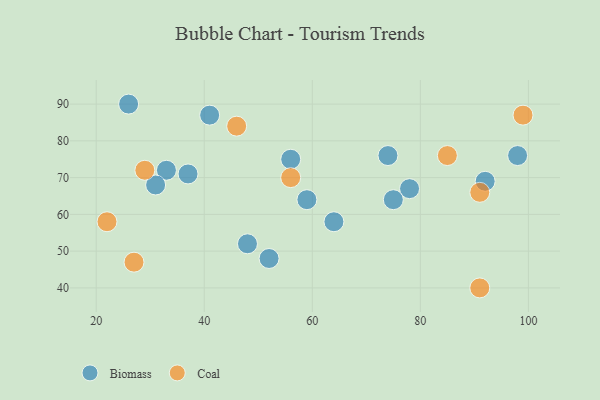
{"axis": {"x": "GDP", "y": "Life Expectancy"}, "legend": ["Biomass", "Coal"], "data": [{"x": "78", "y": 67, "type": "Biomass"}, {"x": "75", "y": 64, "type": "Biomass"}, {"x": "92", "y": 69, "type": "Biomass"}, {"x": "41", "y": 87, "type": "Biomass"}, {"x": "98", "y": 76, "type": "Biomass"}, {"x": "26", "y": 90, "type": "Biomass"}, {"x": "52", "y": 48, "type": "Biomass"}, {"x": "74", "y": 76, "type": "Biomass"}, {"x": "64", "y": 58, "type": "Biomass"}, {"x": "33", "y": 72, "type": "Biomass"}, {"x": "48", "y": 52, "type": "Biomass"}, {"x": "31", "y": 68, "type": "Biomass"}, {"x": "37", "y": 71, "type": "Biomass"}, {"x": "56", "y": 75, "type": "Biomass"}, {"x": "59", "y": 64, "type": "Biomass"}, {"x": "56", "y": 70, "type": "Coal"}, {"x": "91", "y": 40, "type": "Coal"}, {"x": "27", "y": 47, "type": "Coal"}, {"x": "46", "y": 84, "type": "Coal"}, {"x": "29", "y": 72, "type": "Coal"}, {"x": "22", "y": 58, "type": "Coal"}, {"x": "99", "y": 87, "type": "Coal"}, {"x": "85", "y": 76, "type": "Coal"}, {"x": "91", "y": 66, "type": "Coal"}]}